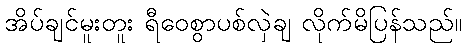
အိပ်ချင်မူးတူး ရီဝေစွာပစ်လှဲချ လိုက်မိပြန်သည်။